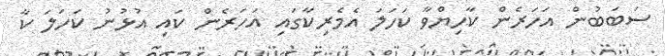
ސަބަބުން އަހަރެން ކާހިޔްވާ ކަހަލަ އެމެރިކާގައި އަހަރެން ކައި އުޅުނު ކަހަލަ ކާ